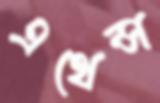
এথেন্স